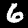
Label: 6